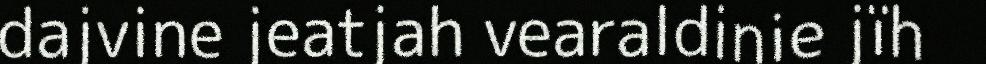
dajvine jeatjah vearaldinie jïh